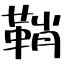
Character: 鞘